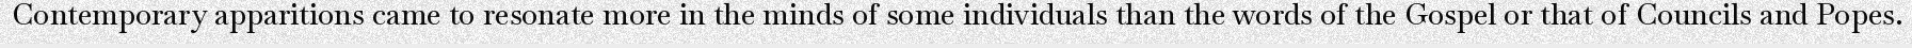
Contemporary apparitions came to resonate more in the minds of some individuals than the words of the Gospel or that of Councils and Popes.